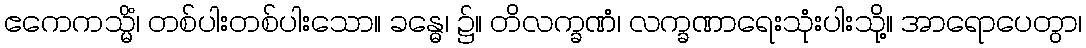
ဧကေကသ္မိံ၊ တစ်ပါးတစ်ပါးသော။ ခန္ဓေ၊ ၌။ တိလက္ခဏံ၊ လက္ခဏာရေးသုံးပါးသို့။ အာရောပေတွာ၊